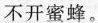
不开蜜蜂。